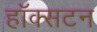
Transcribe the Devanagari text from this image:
हॉक्सटन